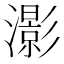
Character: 𤂖